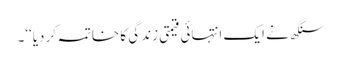
سنگھ نے ایک انتہائی قیمتی زندگی کا خاتمہ کردیا‘‘۔